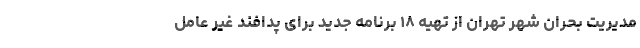
مدیریت بحران شهر تهران از تهیه ۱۸ برنامه جدید برای پدافند غیر عامل